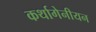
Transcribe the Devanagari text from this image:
कर्थागेनीयन